Report on sanitation, dispensaries, and jails in Rajputana for 1920, and on vaccination for the year 1920-1921 - 1920-1921
Year: 1920
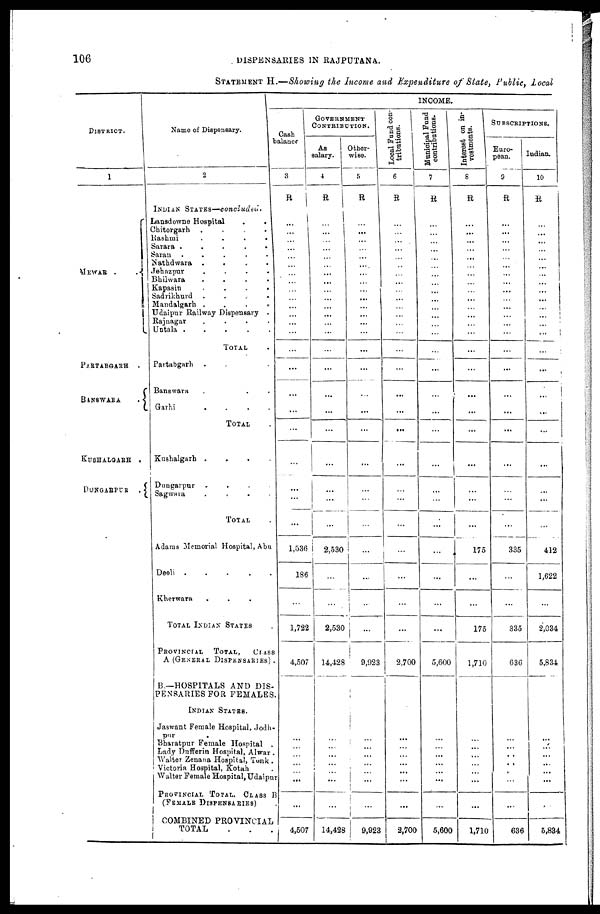
106
DISPENSARIES IN RAJPUTANA.
STATEMENT H.—Showing the Income and Expenditure of State, Public, Local
DISTRICT.
1
MEWAR . .
PARTABGARH
.
BANSWARA
.
KUSHALGARH .
DUNGARPUR
.
Name of Dispensary.
2
INDIAN STATES—concluded.
Lansdowne Hospital
.
.
Chitorgarh
.
.
.
.
Rashmi
.
.
.
.
Sarara .
.
.
.
.
Saran . . . . .
Nathdwara . . . .
Jehazpur
.
.
.
.
Bhilwara
.
.
.
.
Kapasin
.
.
.
.
Sadrikhurd
. . . .
Mandalgarh . . . .
Udaipur Railway Dispensary .
Rajnagar
. . . .
Untala .
.
.
.
.
TOTAL .
Partabgarh
. . . .
Banswara . . .
Garhi
.
.
.
.
TOTAL .
Kushalgarh .
.
.
.
Dungarpur
. . . .
Sagwara
.
.
.
.
TOTAL .
Adams Memorial Hospital, Abu
Deoli .
.
.
.
.
Kherwara . . .
TOTAL INDIAN STATES .
PROVINCIAL TOTAL,
CLASS
A (GENERAL DISPENSARIES)..
B—HOSPITALS AND DIS-
PENSARIES FOR FEMALES.
INDIAN STATES.
Jaswant Female Hospital, Jodh¬
pur
Bharatpur Female Hospital .
Lady Dufferin Hospital, Alwar .
Walter Zenana Hospital, Tonk .
Victoria Hospital, Kotah .
Walter Female Hospital, Udaipur
PROVINCIAL TOTAL CLASS B
(FEMALE DISPENSARIES)
COMBINED PROVINCIAL
TOTAL
.
.
.
INCOME.
Cash
balance
3
R
...
...
...
...
...
...
...
...
...
...
...
...
...
...
...
...
...
...
...
...
...
...
...
11,536
186
...
1,722
4,507
...
...
...
...
...
...
...
4,507
GOVERNMENT
CONTRIBUTION.
As
salary.
4
R
...
...
...
...
...
...
...
...
...
...
...
...
...
...
...
...
...
...
...
...
...
...
...
2,530
...
...
2,530
14,428
...
...
...
...
...
...
...
14,428
Other-
wise.
5
R
...
...
...
...
...
...
...
...
...
...
...
...
...
...
...
...
...
...
...
...
...
...
...
...
...
...
...
9,923
...
...
...
...
...
...
...
9,923
Local Fund con-
tributions.
6
R
...
...
...
...
...
...
...
...
...
...
...
...
...
...
...
...
...
...
...
...
...
...
...
...
...
...
...
2,700
...
...
...
...
...
...
...
2,700
Municipal Fund
contributions.
7
R
...
...
...
...
...
...
...
...
...
...
...
...
...
...
...
...
...
...
...
...
...
...
...
...
...
...
...
5,600
...
...
...
...
...
...
...
5,600
Interest on in-
vestments.
8
R
...
...
...
...
...
...
...
...
...
...
...
...
...
...
...
...
...
...
...
...
...
...
...
175
...
...
175
1,710
...
...
...
...
...
...
...
1,710
SUBSCRIPTIONS.
Euro-
pean.
9
R
...
...
...
...
...
...
...
...
...
...
...
...
...
...
...
...
...
...
...
...
...
...
...
335
...
...
335
636
...
...
...
...
...
...
...
636
Indian.
10
R
...
...
...
...
...
...
...
...
...
...
...
...
...
...
...
...
...
...
...
...
...
...
...
412
1,622
...
2,034
5,834
...
...
...
...
...
...
...
5,834